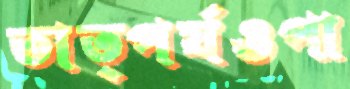
তাত্পর্যওপা